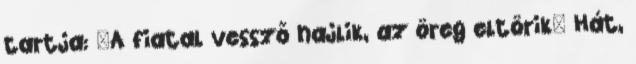
tartja: A fiatal vessző hajlik, az öreg eltörik Hát,